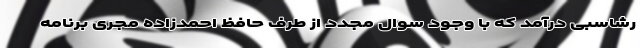
رشاسبی درآمد که با وجود سوال مجدد از طرف حافظ احمدزاده مجری برنامه